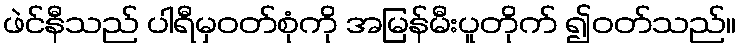
ဖဲင်နီသည် ပါရီမှဝတ်စုံကို အမြန်မီးပူတိုက် ၍ဝတ်သည်။